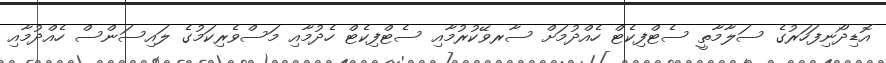
އޮޑިދޯނިފަހަރުގެ ސަލާމާތީ ސެޓްފިކެޓް ހެއްދުމަށް ސާރވޭކުރުމާއި ސެޓްފިކެޓް ހެދުމާއި މަސްވެރިކަމުގެ ލައިސަންސް ހެއްދުމާއި